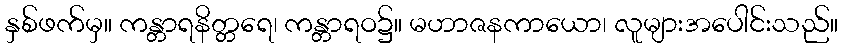
နှစ်ဖက်မှ။ ကန္တာရနိတ္တရေ၊ ကန္တာရဝ၌။ မဟာဇနကာယော၊ လူများအပေါင်းသည်။